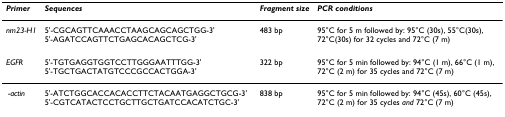
<table><thead><tr><td><b><i>Primer</i></b></td><td><b><i>Sequences</i></b></td><td><b><i>Fragment size</i></b></td><td><b><i>PCR conditions</i></b></td></tr></thead><tbody><tr><td><i>nm23-H1</i></td><td>5&#x27;-CGCAGTTCAAACCTAAGCAGCAGCTGG-3&#x27;5&#x27;-AGATCCAGTTCTGAGCACAGCTCG-3&#x27;</td><td>483 bp</td><td>95°C for 5 m followed by: 95°C (30s), 55°C(30s), 72°C(30s) for 32 cycles and 72°C (7 m)</td></tr><tr><td><i>EGFR</i></td><td>5&#x27;-TGTGAGGTGGTCCTTGGGAATTTGG-3&#x27;5&#x27;-TGCTGACTATGTCCCGCCACTGGA-3&#x27;</td><td>322 bp</td><td>95°C for 5 min followed by: 94°C (1 m), 66°C (1 m), 72°C (2 m) for 35 cycles and 72°C (7 m)</td></tr><tr><td><i>β-actin</i></td><td>5&#x27;-ATCTGGCACCACACCTTCTACAATGAGGCTGCG-3&#x27;5&#x27;-CGTCATACTCCTGCTTGCTGATCCACATCTGC-3&#x27;</td><td>838 bp</td><td>95°C for 5 min followed by: 94°C (45s), 60°C (45s), 72°C (2 m) for 35 cycles <i>and </i>72°C (7 m)</td></tr></tbody></table>